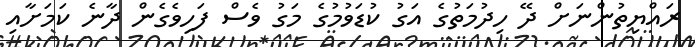
ރައްޔިތުންނަށް ދޭ ހިދުމަތުގެ އަގު ކުޑަވުމުގެ މަގު ވެސް ފަހިވެގެން ދާނެ ކަމަށާއި